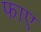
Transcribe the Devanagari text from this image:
फाए